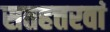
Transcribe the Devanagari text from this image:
सतहत्तरवां